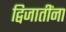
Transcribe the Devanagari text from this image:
द्विजातींना